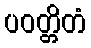
ပဝတ္တိတံ